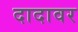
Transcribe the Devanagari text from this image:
दादावर